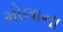
મોલાના